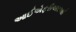
આઈએફરીઆરઆઈ